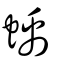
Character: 蝺